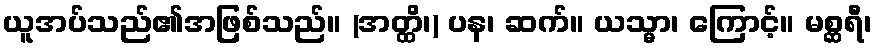
ယူအပ်သည်၏အဖြစ်သည်။ (အတ္ထိ၊) ပန၊ ဆက်။ ယသ္မာ၊ ကြောင့်။ မစ္ဆရီ၊